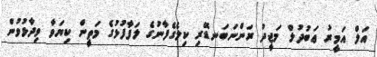
އަލް އަމީރު ޢަބުދުލް މަޖީދު ރަންނަބަނޑޭރި ކިލެގެފާނުގެ ލަފާފުޅުގެ މަތީން ކިޔަވާ ވިދާޅުވުން